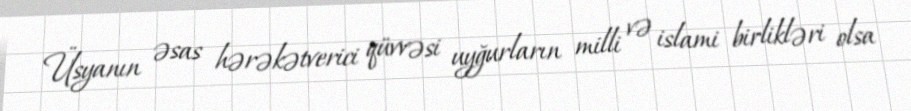
Üsyanın əsas hərəkətverici qüvvəsi uyğurların milli və islami birlikləri olsa